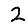
Digit: 2